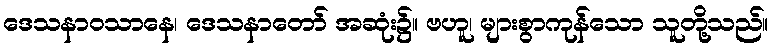
ဒေသနာဝသာနေ၊ ဒေသနာတော် အဆုံး၌။ ဗဟူ၊ များစွာကုန်သော သူတို့သည်။